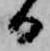
ひ